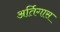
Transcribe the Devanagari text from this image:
अर्तिगास